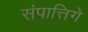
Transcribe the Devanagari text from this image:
संपात्तिगे